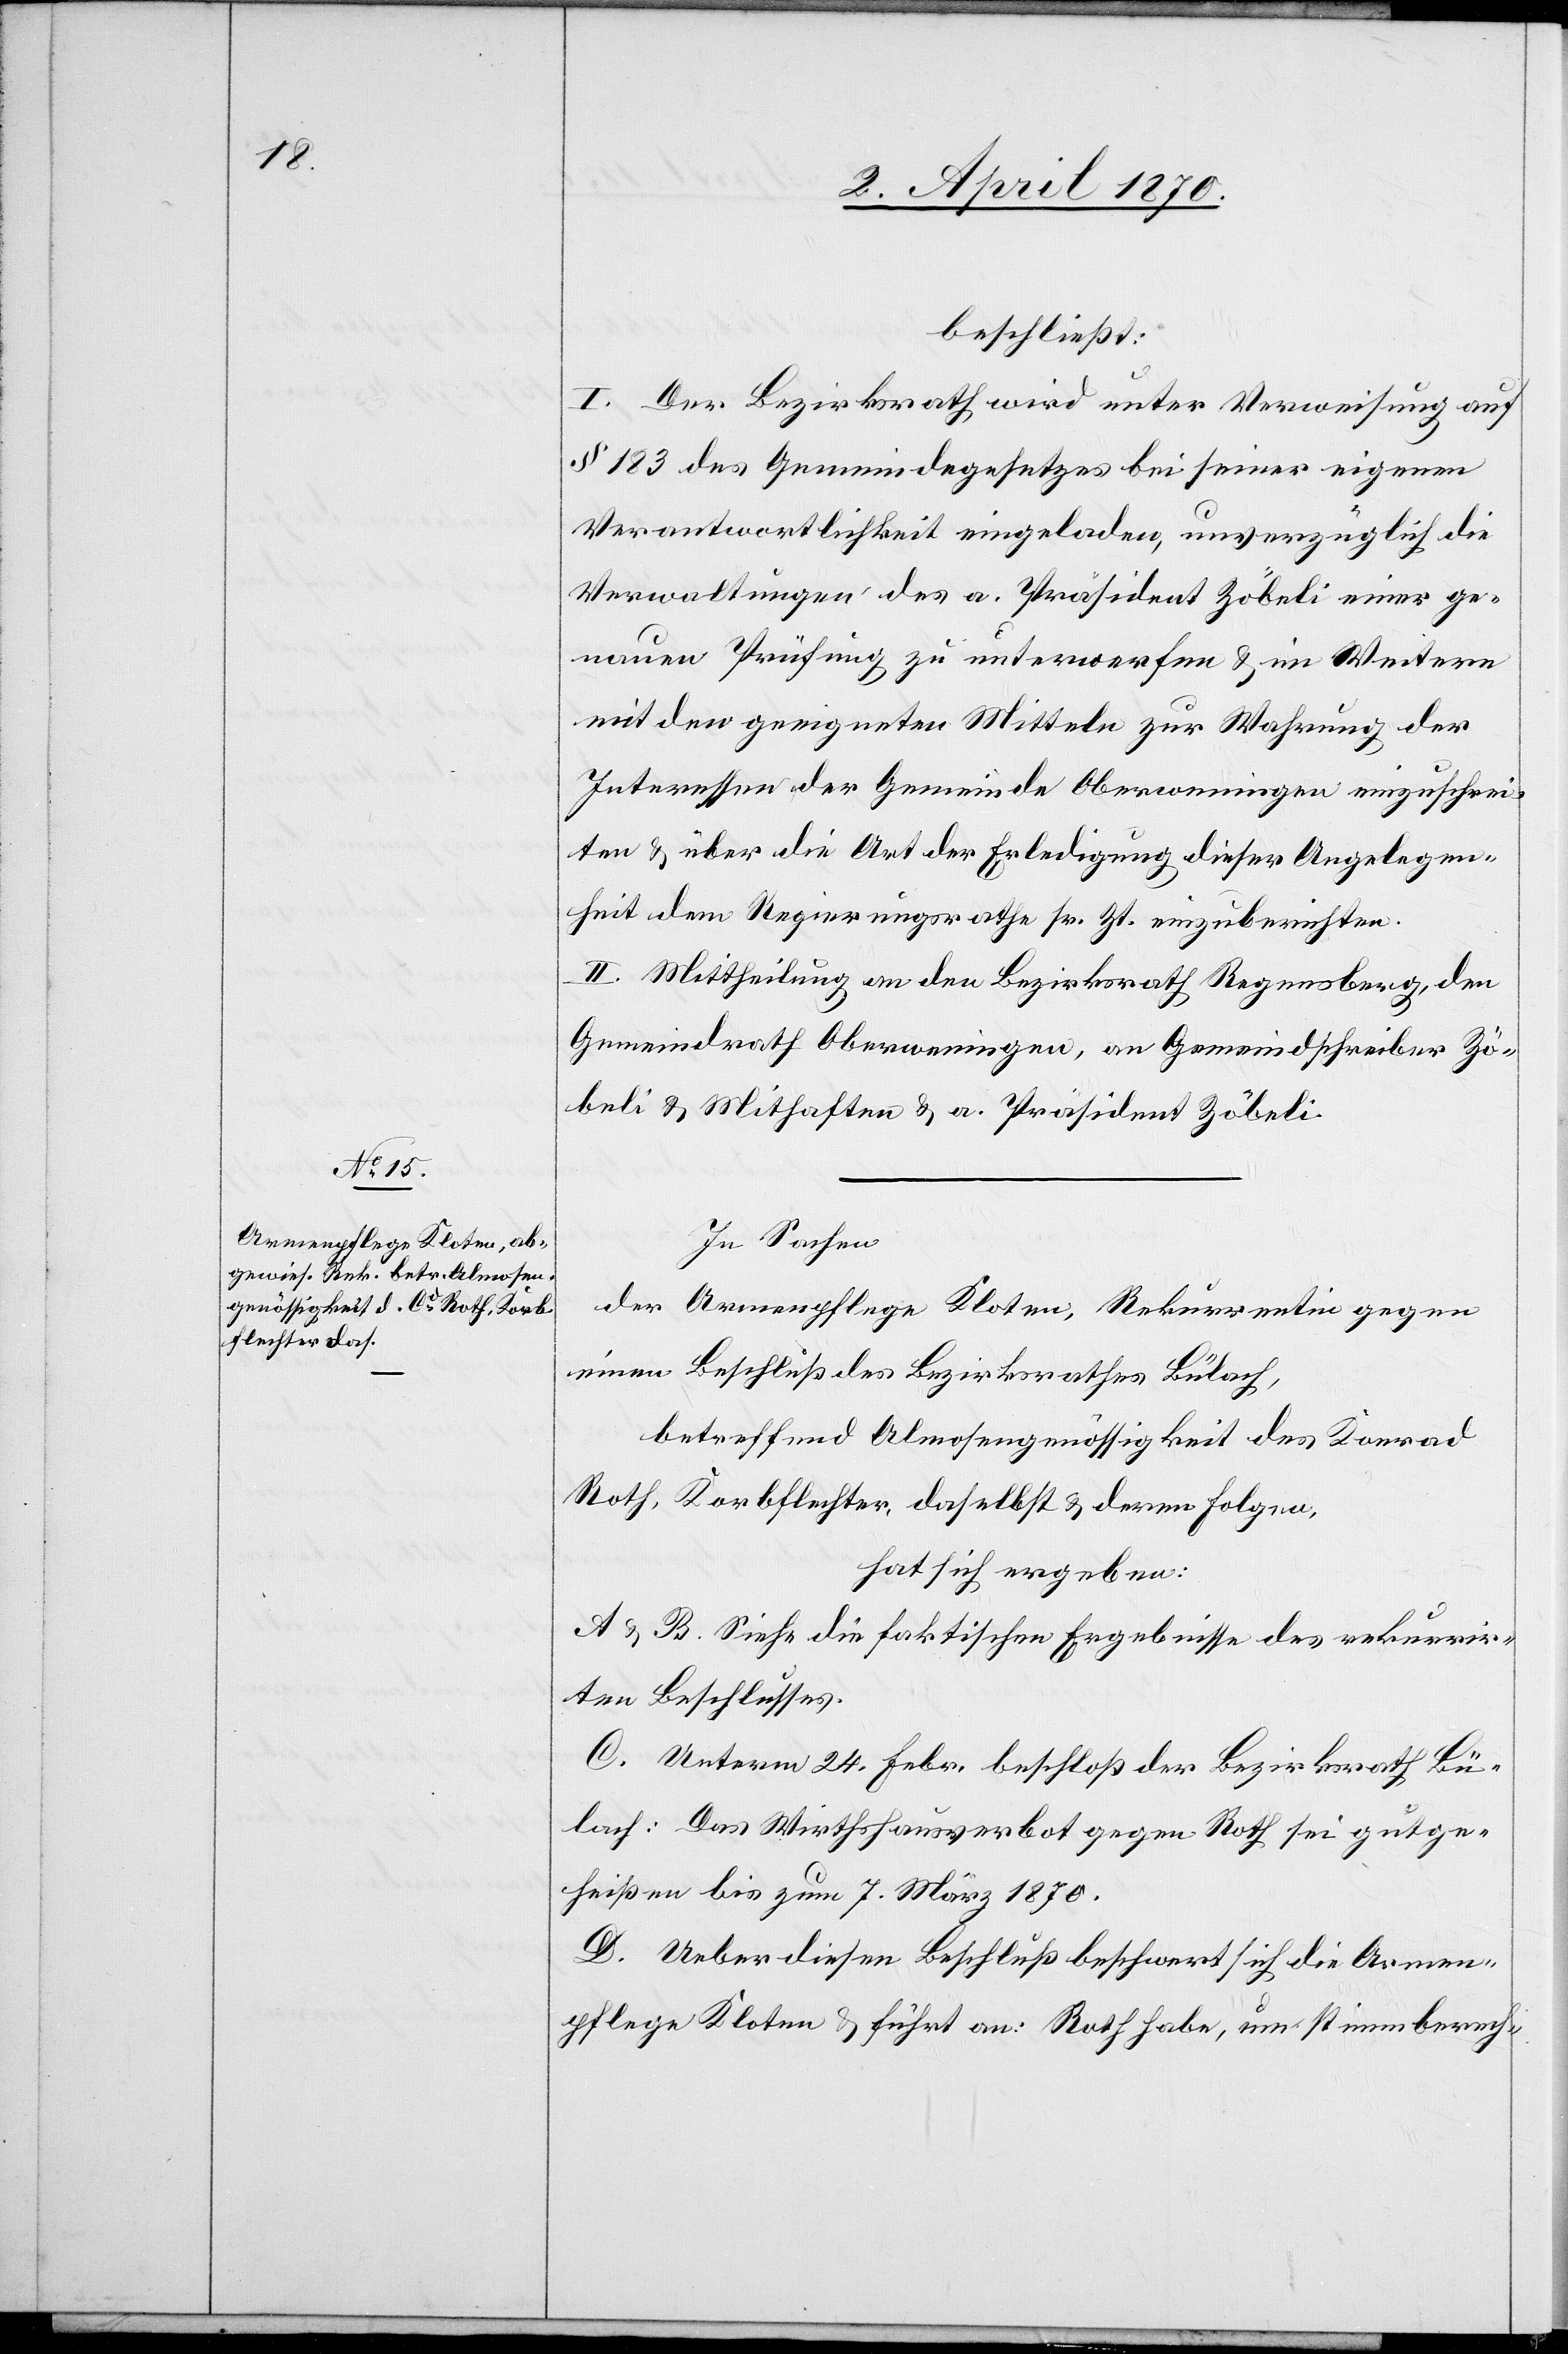
beschließt:
I. Der Bezirksrath wird unter Verweisung auf
§ 183 des Gemeindegesetzes bei seiner eigenen
Verantwortlichkeit eingeladen, unverzüglich die
Verwaltungen des a. Präsident Zöbeli einer ge¬
nauen Prüfung zu unterwerfen & im Weitern
mit den geeigneten Mitteln zur Wahrung der
Interessen der Gemeinde Oberweningen einzuschrei¬
ten & über die Art der Erledigung dieser Angelegen¬
heit dem Regierungsrathe sr. Zt. einzuberichten.
II. Mittheilung an den Bezirksrath Regensberg, den
Gemeindrath Oberweningen, an Gemeindschreiber Zö¬
beli & Mithaften & a. Präsident Zöbeli.
In Sachen
der Armenpflege Kloten, Rekurrentin gegen
einen Beschluß des Bezirksrathes Bülach,
betreffend Almosengenössigkeit des Konrad
Roth, Korbflechter, daselbst & deren Folgen,
hat sich ergeben:
A & B: Siehe die faktischen Ergebnisse des rekurrir¬
ten Beschlusses.
C. Unterm 24. Febr. beschloß der Bezirksrath Bü¬
lach: Das Wirthshausverbot gegen Roth sei gutge¬
heißen bis zum 7. März 1870.
D. Ueber diesen Beschluß beschwert sich die Armen¬
pflege Kloten & führt an: Roth habe, um stimmberech-